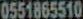
0551865510